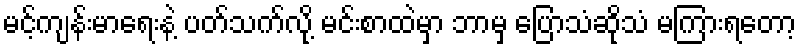
မင့်ကျန်းမာရေးနဲ့ ပတ်သက်လို့ မင်းစာထဲမှာ ဘာမှ ပြောသံဆိုသံ မကြားရတော့